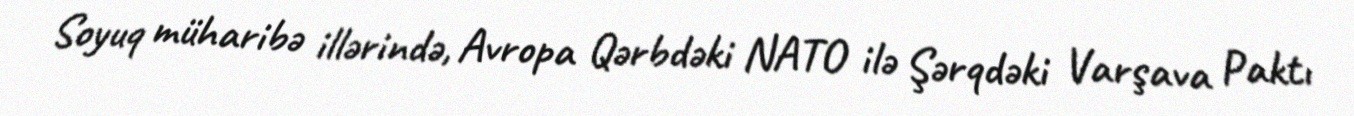
Soyuq müharibə illərində, Avropa Qərbdəki NATO ilə Şərqdəki Varşava Paktı